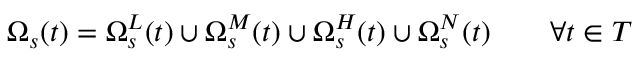
\Omega _ { s } ( t ) = \Omega _ { s } ^ { L } ( t ) \cup \Omega _ { s } ^ { M } ( t ) \cup \Omega _ { s } ^ { H } ( t ) \cup \Omega _ { s } ^ { N } ( t ) \qquad \forall t \in T